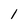
Character: 1